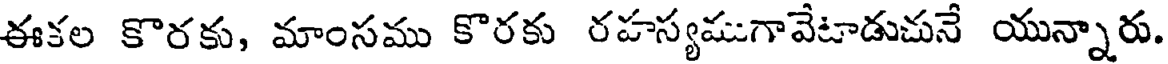
ఈకల కొరకు, మాంసము కొరకు రహస్యముగావేటాడుచునే యున్నారు.